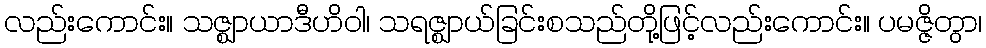
လည်းကောင်း။ သဇ္ဈာယာဒီဟိဝါ၊ သရဇ္ဈာယ်ခြင်းစသည်တို့ဖြင့်လည်းကောင်း။ ပမဇ္ဇိတွာ၊